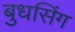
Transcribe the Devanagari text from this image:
बुधसिंग